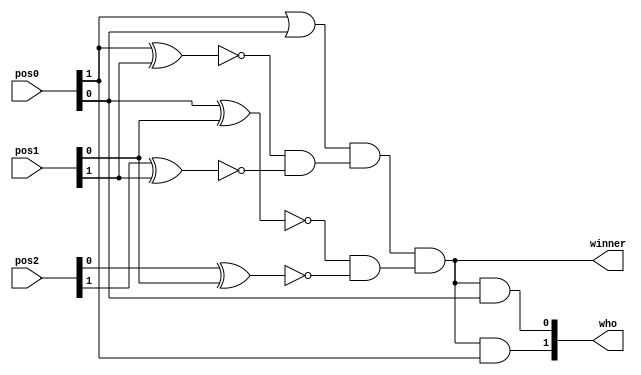
module detect_3(input [1:0] pos0,pos1,pos2, output wire winner, output wire [1:0]who);
wire [1:0] temp0,temp1,temp2;
wire temp3;
assign temp0[1] = !(pos0[1]^pos1[1]);

//kim tra bit u ca pos c bng nhau hay ko no.0 and no.1
assign temp0[0] = !(pos0[0]^pos1[0]);
//kim tra bit hai ca pos c bng nhau hay ko no.0 and no.1
assign temp1[1] = !(pos2[1]^pos1[1]);
//kim tra bit u ca pos c bng nhau hay ko no.1 and no.2
assign temp1[0] = !(pos2[0]^pos1[0]);
//kim tra bit u ca pos c bng nhau hay ko no.1 and no.2
assign temp2[1] = temp0[1] & temp1[1]; 
//kim tra no.0 and no.1
assign temp2[0] = temp0[0] & temp1[0];
//kim tra no.1 and no.2
assign temp3 = pos0[1] | pos0[0]; 
//kim tra pos c phi l 00 hay ko, nu 00 th tem = 0
assign winner = temp3 & temp2[1] & temp2[0];
// and ca khc 00 v no.0 = no.1 v no.1 = no.2
assign who[1] = winner & pos0[1];
assign who[0] = winner & pos0[0];

endmodule